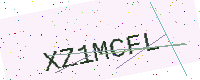
Text: XZ1MCFL